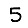
Digit: 5